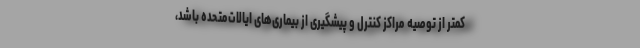
کمتر از توصیه مراکز کنترل و پیشگیری از بیماری‌های ایالات‌متحده باشد،